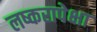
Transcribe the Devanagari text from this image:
लष्करापेक्षा